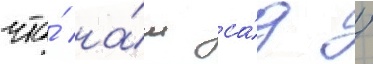
что́ на́ш са́д /